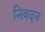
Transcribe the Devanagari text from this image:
निवदन